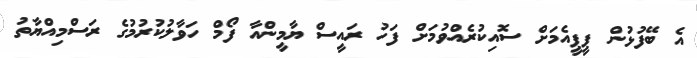
އެ ބޭފުޅުން ޕީޕީއެމަށް ސޮއިކުރެއްވުމަށް ފަހު ރައީސް ޔާމީންއާ ފޯމް ހަވާލުކުރުމުގެ ރަސްމިއްޔާތު